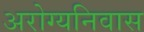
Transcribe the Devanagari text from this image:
अरोग्यनिवास